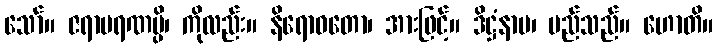
သော်။ ဇရာမရဏမ္ပိ၊ ကိုလည်း။ နိရောဓတော၊ အားဖြင့်။ ဒိဋ္ဌံနာမ၊ မည်သည်။ ဟောတိ။